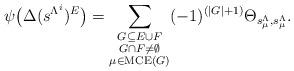
LaTeX: \begin{align*}\psi\big(\Delta(s^{\Lambda^i})^E\big)=\sum_{\substack{G\subseteq E\cup F\\G\cap F\neq \emptyset\\\mu\in \mathrm{MCE}(G)}}(-1)^{(|G|+1)}\Theta_{s_\mu^\Lambda,s_\mu^\Lambda}. \end{align*}